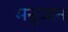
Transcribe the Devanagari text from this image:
मनुजान